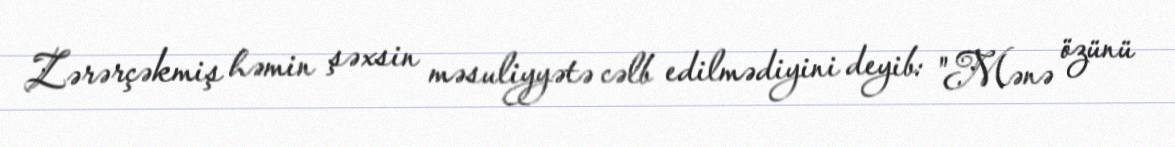
Zərərçəkmiş həmin şəxsin məsuliyyətə cəlb edilmədiyini deyib: "Mənə özünü